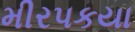
મીરપકયા